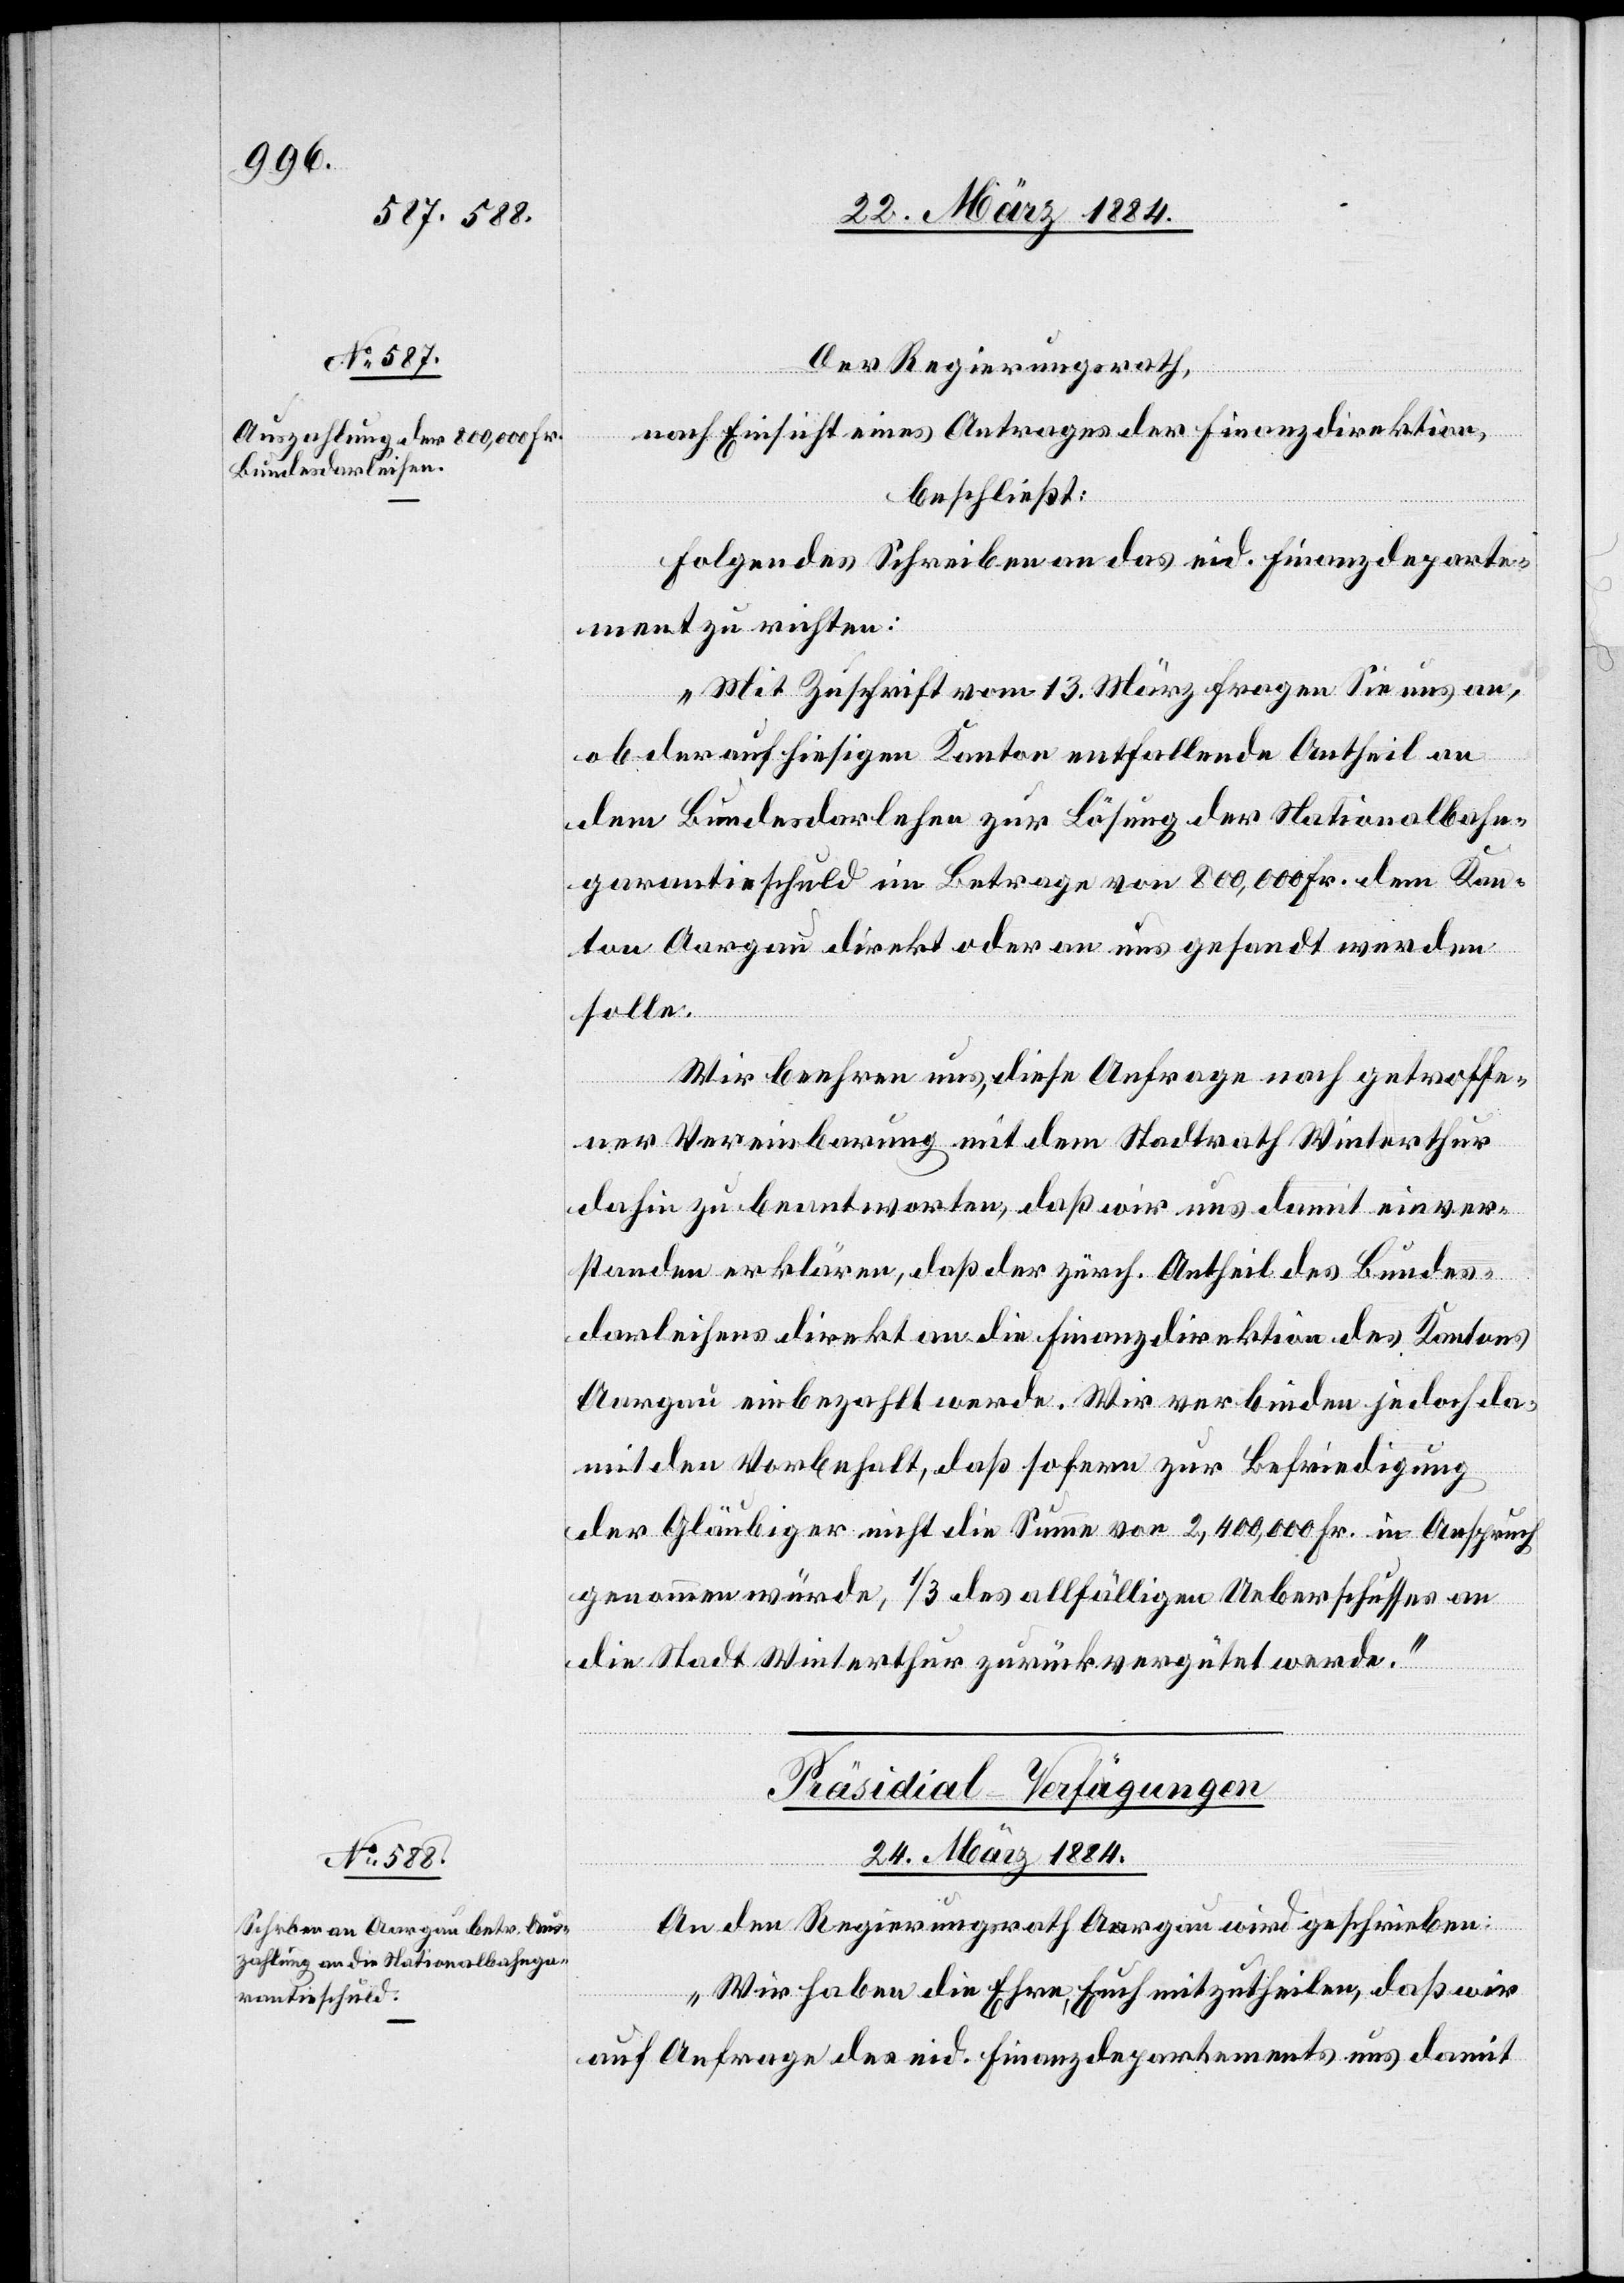
Der Regierungsrath,
nach Einsicht eines Antrages der Finanzdirektion,
beschließt:
Folgendes Schreiben an das eid. Finanzdeparte¬
ment zu richten:
„Mit Zuschrift vom 13. März fragen Sie uns an,
ob der auf hiesigen Kanton entfallende Antheil an
dem Bundesdarlehen zur Lösung der Nationalbahn¬
garantieschuld im Betrage von 800,000 Fr. dem Kan¬
ton Aargau direkt oder an uns gesandt werden
solle.
Wir beehren uns, diese Anfrage nach getroffe¬
ner Vereinbarung mit dem Stadtrath Winterthur
dahin zu beantworten, daß wir uns damit einver¬
standen erklären, daß der zürch. Antheil des Bundes¬
darleihens direkt an die Finanzdirektion des Kantons
Aargau einbezahlt werde. Wir verbinden jedoch da¬
mit den Vorbehalt, daß sofern zur Befriedigung
der Gläubiger nicht die Summe vor 2,400,000 Fr. in Anspruch
genommen würde, 1/3 des allfälligen Ueberschusses an
die Stadt Winterthur zurückvergütet werde.“
Präsidial-Verfügungen
24. März 1884.
An den Regierungsrath Aargau wird geschrieben:
„Wir haben die Ehre, Euch mitzutheilen, daß wir
auf Anfrage des eid. Finanzdepartements uns damit